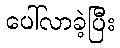
ပေါ်လာခဲ့ပြီး